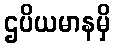
ဌပိယမာနမှိ